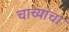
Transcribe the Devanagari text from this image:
चाच्यांचा